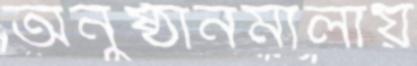
অনুষ্ঠানমালায়